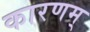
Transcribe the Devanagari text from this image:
कारणम्